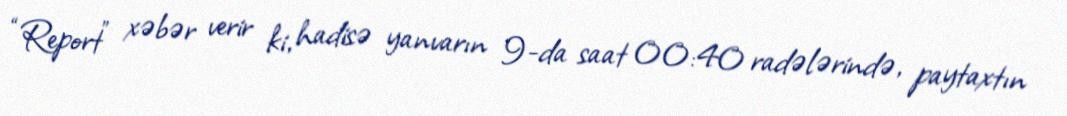
“Report” xəbər verir ki, hadisə yanvarın 9-da saat 00:40 radələrində, paytaxtın